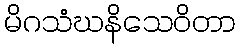
မိဂသံဃနိသေဝိတာ